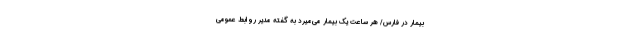
بیمار در فارس/ هر ساعت یک بیمار می‌میرد به گفته مدیر روابط عمومی